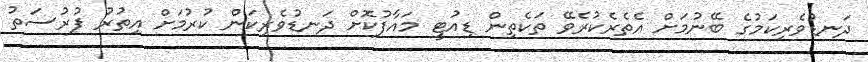
ދަނޑުވެރިކަމުގެ ބޭނުމަށް އެތެރެކުރެވޭ ތަކެތިން ޑިއުޓީ މައާފުކޮށް ދަނޑުވެރިކަން ކުރުމަށް އިތުރު ފުރުސަތު